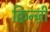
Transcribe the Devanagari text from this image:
क्विन्ज़ी